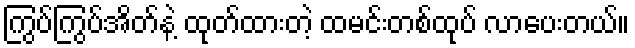
ကြွပ်ကြွပ်အိတ်နဲ့ ထုတ်ထားတဲ့ ထမင်းတစ်ထုပ် လာပေးတယ်။